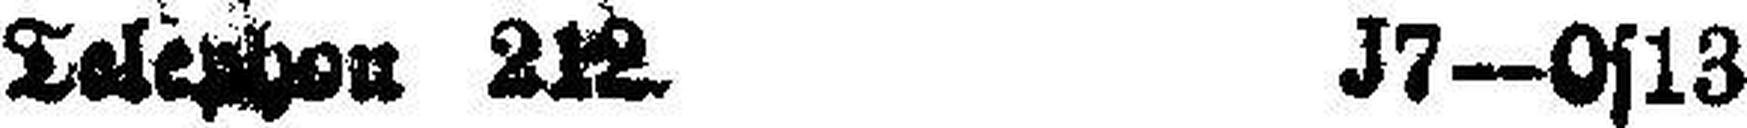
Telephon 212. J7-0s13